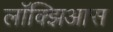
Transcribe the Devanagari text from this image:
लॉक्झिआस